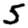
Digit: 5